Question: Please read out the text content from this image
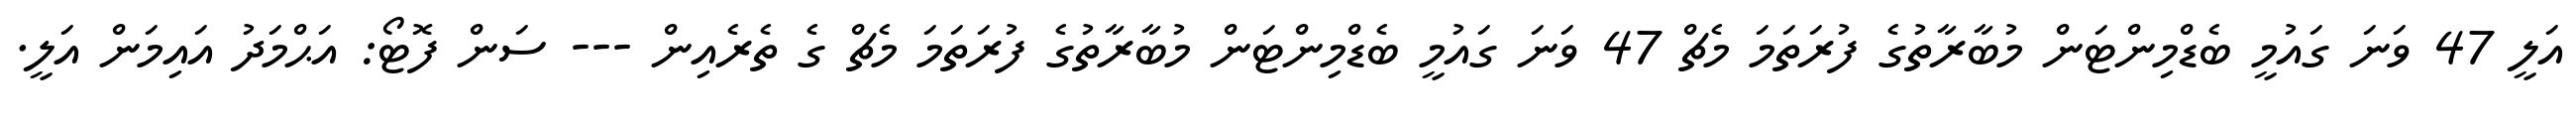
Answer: އަލީ 47 ވަނަ ގައުމީ ބެޑްމިންޓަން މުބާރާތުގެ ފުރަތަމަ މެޗް 47 ވަނަ ގައުމީ ބެޑްމިންޓަން މުބާރާތުގެ ފުރަތަމަ މެޗް ގެ ތެރެއިން --- ސަން ފޮޓޯ: އަޙްމަދު އައިމަން އަލީ.